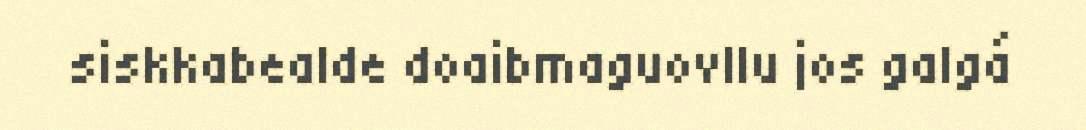
siskkabealde doaibmaguovllu jos galgá